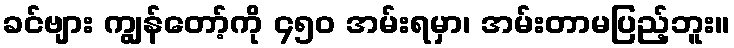
ခင်ဗျား ကျွန်တော့်ကို ၄၅၀ အမ်းရမှာ၊ အမ်းတာမပြည့်ဘူး။